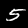
Digit: 5